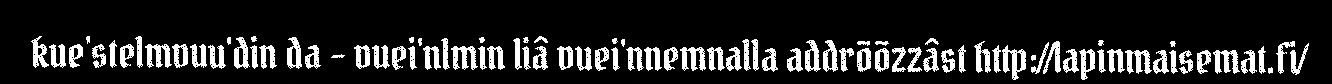
kue'stelmvuu'din da – vuei'nlmin liâ vuei'nnemnalla addrõõzzâst http://lapinmaisemat.fi/